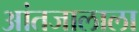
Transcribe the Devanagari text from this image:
आंतजालाला